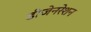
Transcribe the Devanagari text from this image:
डीजेनरेशन